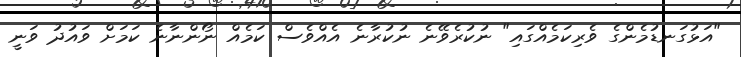
"އަޅުގަނޑުމެންގެ ވެރިކަމެއްގައި" ނުކުރެވޭނެ ނުކުރާނެ އެއްވެސް ކަމެއް ނޯންނާނެ ކަމަށް ވައުދު ވަނީ